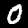
Label: 0